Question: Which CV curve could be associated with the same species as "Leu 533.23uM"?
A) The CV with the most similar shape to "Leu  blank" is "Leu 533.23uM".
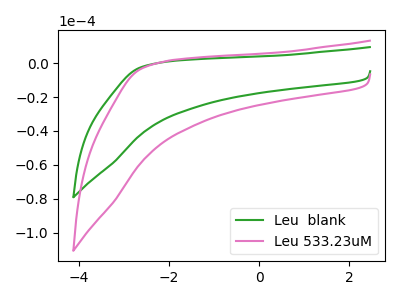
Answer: <think>The green curve "Leu  blank" has no peaks. The pink curve "Leu 533.23uM" has no peaks.
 Neither "Leu  blank" or "Leu 533.23uM" have any peaks.</think>
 <answer>A) The CV with the most similar shape to "Leu  blank" is "Leu 533.23uM".</answer>
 <eval>A</eval>